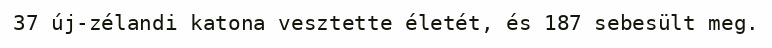
37 új-zélandi katona vesztette életét, és 187 sebesült meg.